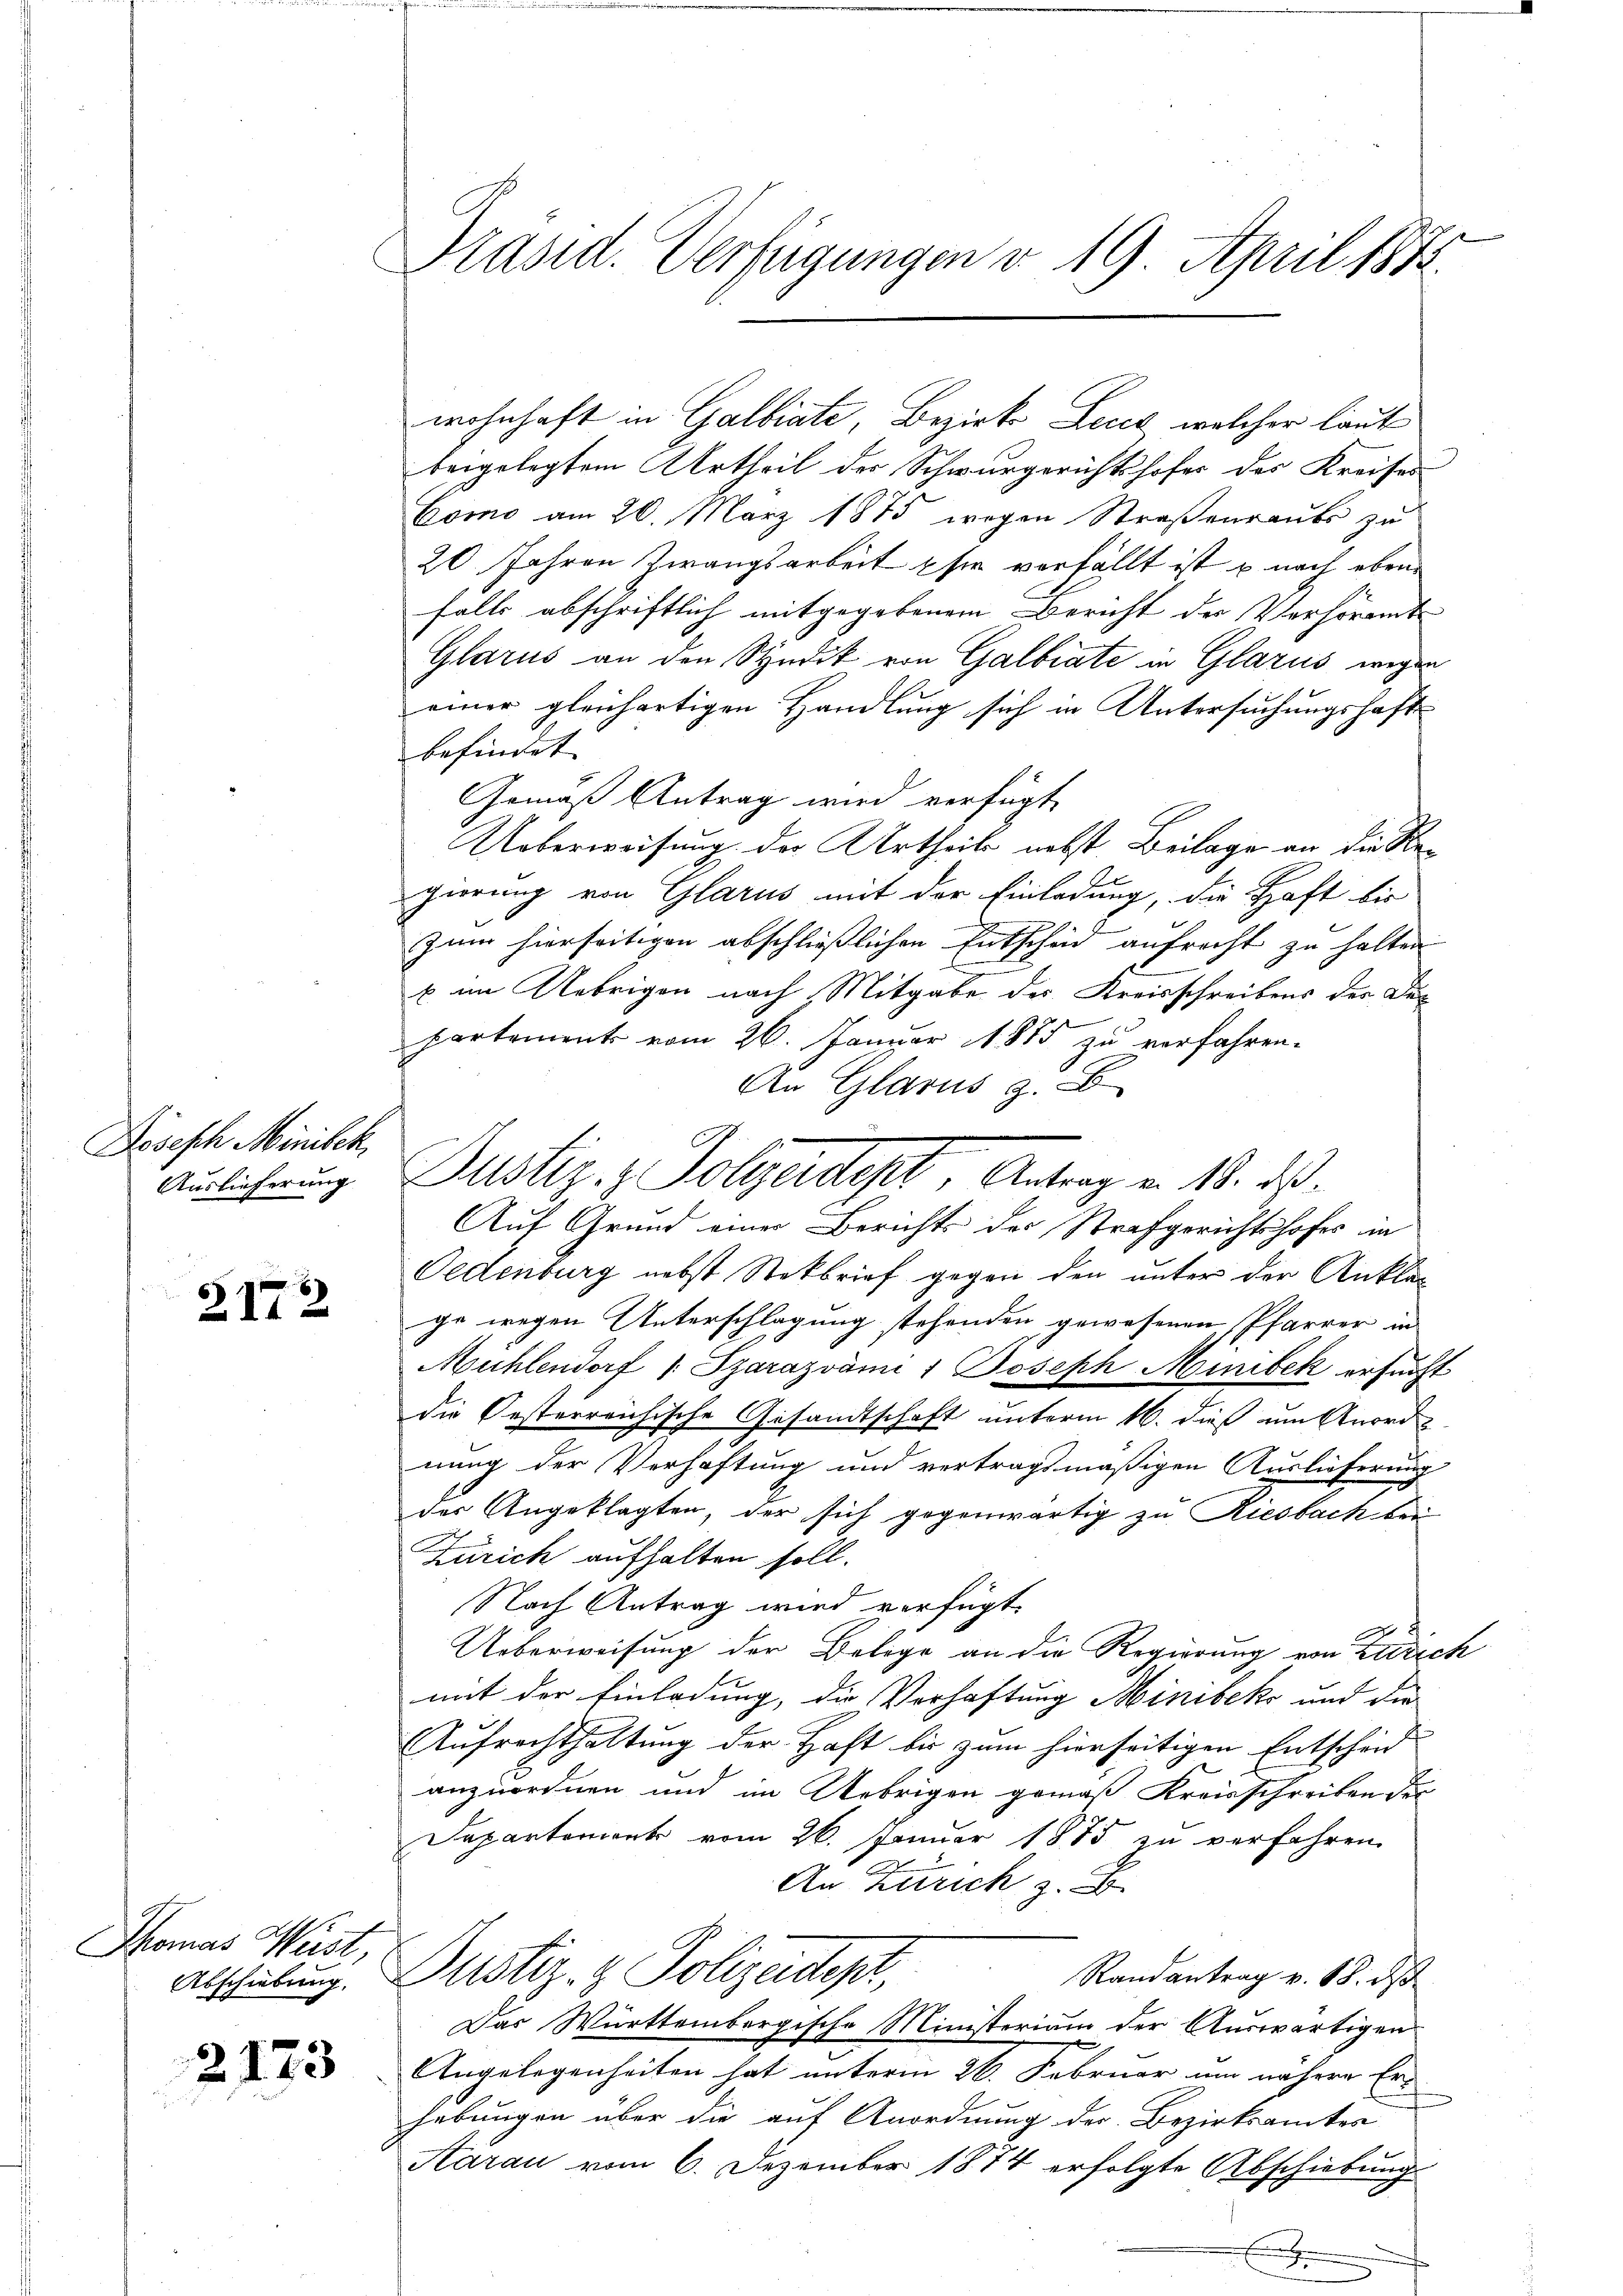
Dosesch Minisch,
Auslieferung

Z172

Thomas Wüst,

2173

Präsid. Verfügungen v. 19. April 1872.

wohnhaft in Galbiate, Bezirks Lecca, welcher laut
vergelegtem Urtheil des Schwurgerichtshofer des Kreises
Como am 20. März 1875 wegen Straßenraube zu
20 Jahren Zwangsarbeit sie verfällt ist u nach eben
falls abschriftlich mitgegebenem Bericht der Verhöramte
Glarus an den Syndik von Galbiate in Glarus wegen
einer gleichartigen Handlung sich in Untersuchungshaft
befindet.
Gemäß Antrag wird verfügt,
Ueberweisung der Urtheils nebst Beilage an die Regierung von Glarus mit der Einladung, die Haft bis
zum hierseitigen abschließlichen Entscheid aufrecht zu halten
x im Uebrigen nach Mitgabe des Kreisschreibens der Dee
partement vom 26. Januar 1885 zu verfahren.
An Glarus z. B.
Auf Grund einer Berichts des Strafgerichtshofes in
Oedenburg nebst Steckbrief gegen den unter der Ankläg
ge wegen Unterschlagung stehenden gewesenen Pfarrer in
Mühlendorf /: Szarazvämi 1 Joseph Minibek ersucht
die Oesterreichische Gesandtschaft unterm 16. dieß um Anordnung der Verhaftung und vertragsmäßigen Auslieferung
der Angeklagten, der sich gegenwärtig zu Riesbach bei
Zürich aufhalten soll.
Nach Antrag wird verfügt
Ueberweisung der Belege an die Regierung von Zürich
mit der Einladung, die Verhaftung Minibeks und die
Aufrechthaltung der Haft bis zum hierseitigen Entscheid
anzuordnen und im Uebrigen gemäß Kreisschreiben der
Departement vom 26. Januar 1885 zu verfahren
An Zürich z. B.
Randantrag v. 18. ds
Abschulung. Pustiz- & Polizeidept,
Das Württembergische Ministerium der Auswärtigen
2
Angelegenheiten hat unterm 26. Februar um nähere Erhebungen über die auf Anordnung der Bezirksamtes
Aarau vom 6. Dezember 1874 erfolgte Abschiebung
.

Justiz- & Polgendepl, Antrag v. 18. ds.